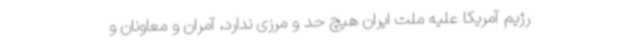
رژیم آمریکا علیه ملت ایران هیچ حد و مرزی ندارد، آمران و معاونان و